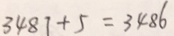
3 4 8 1 + 5 = 3 4 8 6